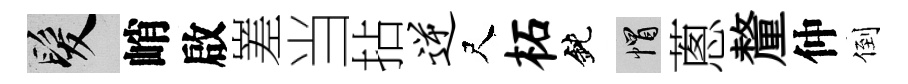
髮峭啟嵳当拈逆尺柘鈍帽蔥釐仲倒